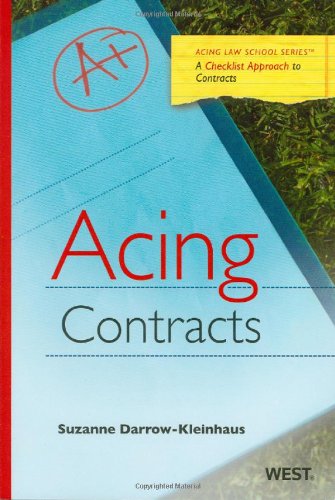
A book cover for Acing Contracts (Acing Series); Suzanne Darrow-Kleinhaus; Law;